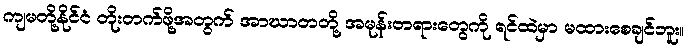
ကျမတို့နိုင်ငံ တိုးတက်ဖို့အတွက် အာဃာတတို့ အမုန်းတရားတွေကို ရင်ထဲမှာ မထားစေချင်ဘူး။